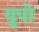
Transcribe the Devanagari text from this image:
युपो